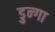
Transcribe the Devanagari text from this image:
डुन्गा